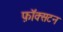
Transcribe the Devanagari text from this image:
फ़ॉक्सटन